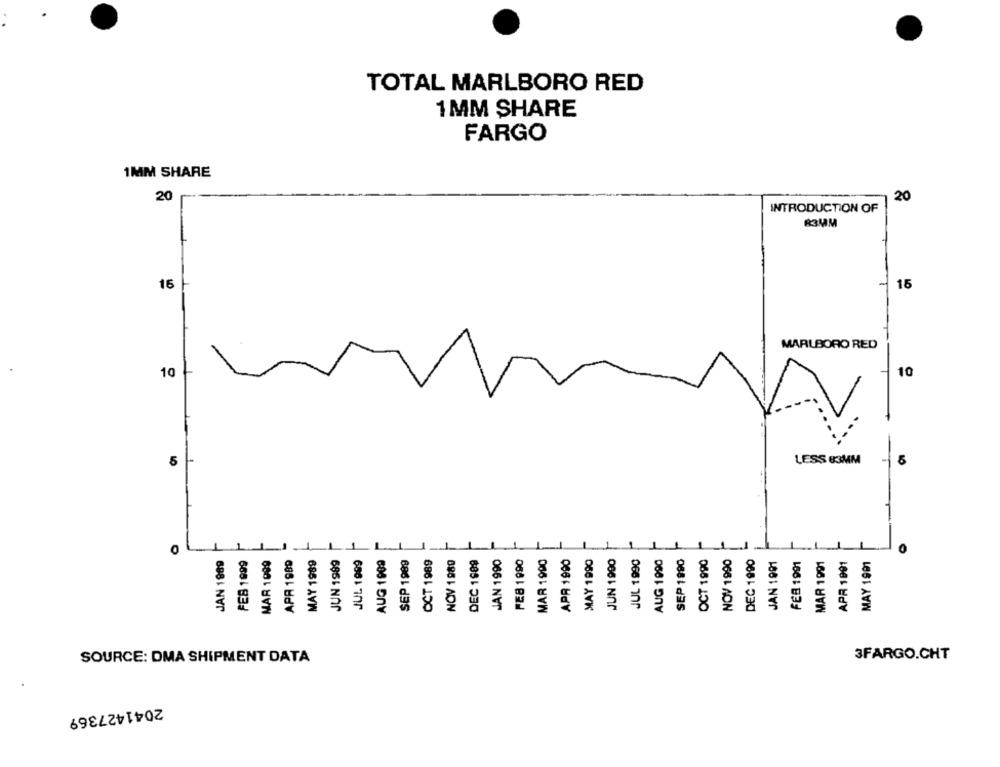
TOTAL MARLBORO RED
1MM SHARE
FARGO
1MM SHARE
20
20
INTRODUCTION OF
83MM
16
15
MARLBORO RED
10
10
LESS 83MM
5
O
JAN 1989
FEB 1999
MAR 1009
APA 1989
JUL 1999
AUG 1999
OCT 1989
DEC 1989
JAN 1990
FEB 1990
MAR 1990
APR 1990
MAY 1990
JUN 1990
JUL 1990
AUG 1090
SEP 1990
OCT 1990
NOV 1990
DEC 1990
MAY 1989
JUN 1989
SEP 1989
NOV 1980
JAN 1991
FEB 1991
MAR 1991
APR 1991
MAY 1991
SOURCE: DMA SHIPMENT DATA
3FARGO.CHT
2041427369